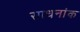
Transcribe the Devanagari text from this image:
साधनांक